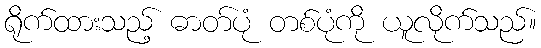
ရိုက်ထားသည့် ဓာတ်ပုံ တစ်ပုံကို ယူလိုက်သည်။